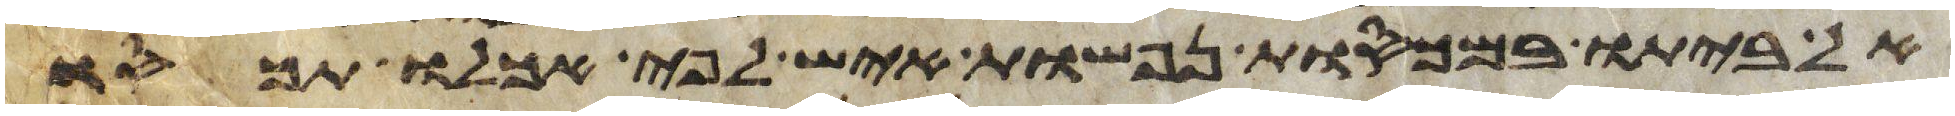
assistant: אל ביתו במכסות נפשות איש לפי אכלו תכסו